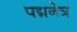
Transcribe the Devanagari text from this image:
पद्मनेत्र